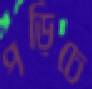
পড়িচে